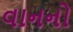
વાનનો